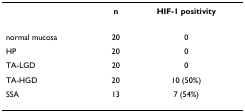
|  | n | HIF-1 positivity |
 | --- | --- | --- |
 | normal mucosa | 20 | 0 |
 | HP | 20 | 0 |
 | TA-LGD | 20 | 0 |
 | TA-HGD | 20 | 10 (50%) |
 | SSA | 13 | 7 (54%) |